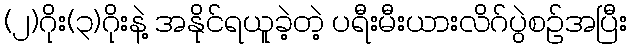
(၂)ဂိုး(၃)ဂိုးနဲ့ အနိုင်ရယူခဲ့တဲ့ ပရီးမီးယားလိဂ်ပွဲစဉ်အပြီး